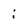
Character: i